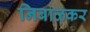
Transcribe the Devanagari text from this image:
निबाळकर